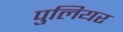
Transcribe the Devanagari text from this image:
पुलियर